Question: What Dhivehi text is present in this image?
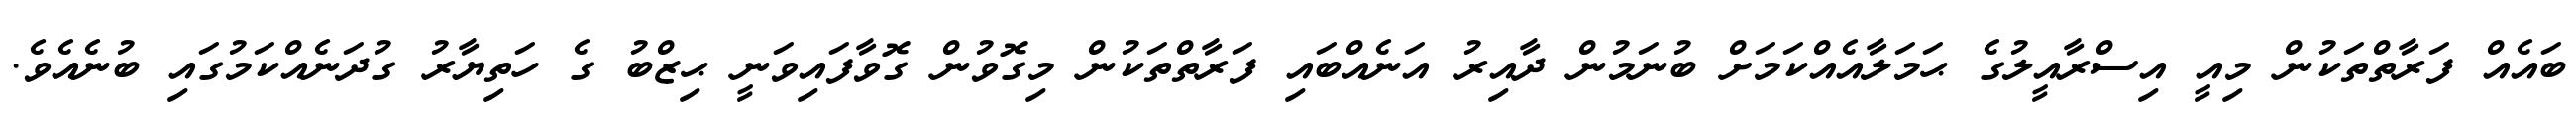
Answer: ބައެއް ފަރާތްތަކުން މިއީ އިސްރާއީލުގެ ޙަމަލާއެއްކަމަށް ބުނަމުން ދާއިރު އަނެއްބައި ފަރާތްތަކުން މިގޮވުން ގޮވާފައިވަނީ ޙިޒްބު ގެ ހަތިޔާރު ގުދަނެއްކަމުގައި ބުނެއެވެ.